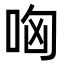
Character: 哅